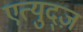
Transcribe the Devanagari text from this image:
एत्युद्ज़